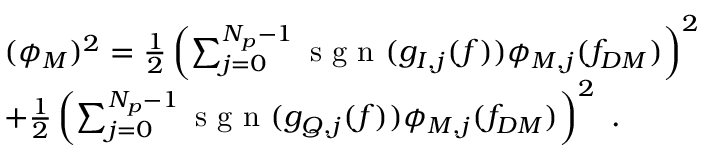
\begin{array} { r l } & { ( \phi _ { M } ) ^ { 2 } = \frac { 1 } { 2 } \left( \sum _ { j = 0 } ^ { N _ { p } - 1 } \textrm { s g n } ( g _ { I , j } ( f ) ) \phi _ { M , j } ( f _ { D M } ) \right) ^ { 2 } } \\ & { + \frac { 1 } { 2 } \left( \sum _ { j = 0 } ^ { N _ { p } - 1 } \textrm { s g n } ( g _ { Q , j } ( f ) ) \phi _ { M , j } ( f _ { D M } ) \right) ^ { 2 } \ . } \end{array}